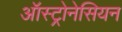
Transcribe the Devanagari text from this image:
ऑस्ट्रोनेसियन